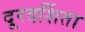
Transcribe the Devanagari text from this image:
दूरदर्शिता